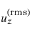
u _ { z } ^ { \mathrm { ( r m s ) } }